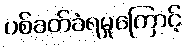
ပစ်ခတ်ခံရမှုကြောင့်